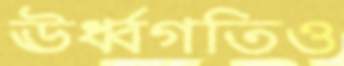
ঊর্ধ্বগতিও